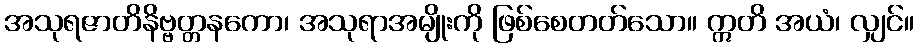
အသုရဇာတိနိဗ္ဗတ္တနကော၊ အသုရာအမျိုးကို ဖြစ်စေတတ်သော။ ဣတိ အယံ၊ လျှင်။